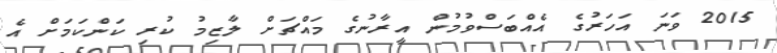
2015 ވަނަ އަހަރުގެ އެއްބަސްވުމުން އީރާނުގެ މައްޗަށް ލާޒިމު ކުރި ކަންކަމަށް އެ